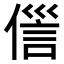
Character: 𬿏